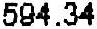
594.34